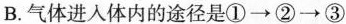
B.气体进入体内的途径是①→②→③